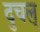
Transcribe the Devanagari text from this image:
दुचल्